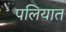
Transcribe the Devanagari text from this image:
पलियात